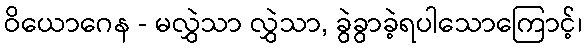
ဝိယောဂေန - မလွှဲသာ လွှဲသာ, ခွဲခွာခဲ့ရပါသောကြောင့်၊